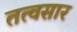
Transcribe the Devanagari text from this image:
तत्वसार